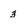
Character: 3